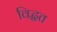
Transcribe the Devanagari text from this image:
विद्धत